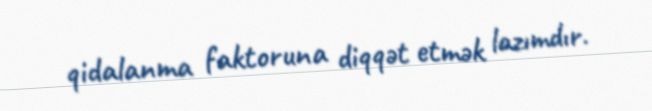
qidalanma faktoruna diqqət etmək lazımdır.